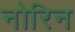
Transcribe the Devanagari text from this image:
नोरिन